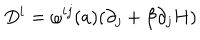
D ^ { i } = \omega ^ { i j } ( a ) ( \partial _ { j } + \beta \partial _ { j } H )